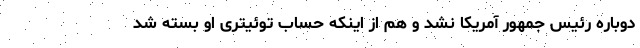
دوباره رئیس جمهور آمریکا نشد و هم از اینکه حساب توئیتری او بسته شد